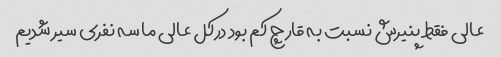
عالی فقط پنیرش نسبت به قارچ کم بود درکل عالی ما سه نفری سیر شدیم